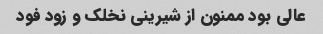
عالی بود ممنون از شیرینی نخلک و زود فود